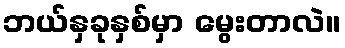
ဘယ်နှခုနှစ်မှာ မွေးတာလဲ။